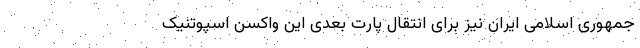
جمهوری اسلامی ایران نیز برای انتقال پارت‌‌ بعدی این واکسن اسپوتنیک